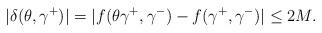
LaTeX: \begin{align*}|\delta(\theta,\gamma^+)|=|f(\theta\gamma^+,\gamma^-)-f(\gamma^+,\gamma^-)|\leq 2M.\end{align*}